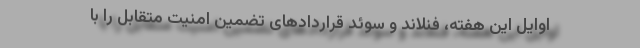
اوایل این هفته، فنلاند و سوئد قراردادهای تضمین امنیت متقابل را با